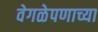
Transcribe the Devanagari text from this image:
वेगळेपणाच्या